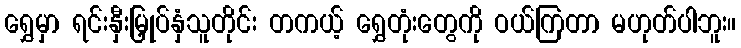
ရွှေမှာ ရင်းနှီးမြှုပ်နှံသူတိုင်း တကယ့် ရွှေတုံးတွေကို ဝယ်ကြတာ မဟုတ်ပါဘူး။